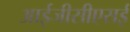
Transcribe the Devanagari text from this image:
आईजीसीएसई